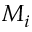
M _ { i }